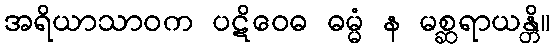
အရိယာသာဝက ပဋိဝေဓ ဓမ္မံ န မစ္ဆရာယန္တိ။